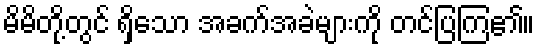
မိမိတို့တွင် ရှိသော အခက်အခဲများကို တင်ပြကြ၏။